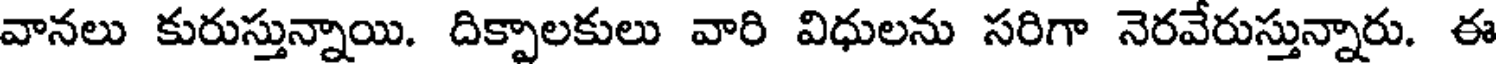
వానలు కురుస్తున్నాయి. దిక్పాలకులు వారి విధులను సరిగా నెరవేరుస్తున్నారు. ఈ